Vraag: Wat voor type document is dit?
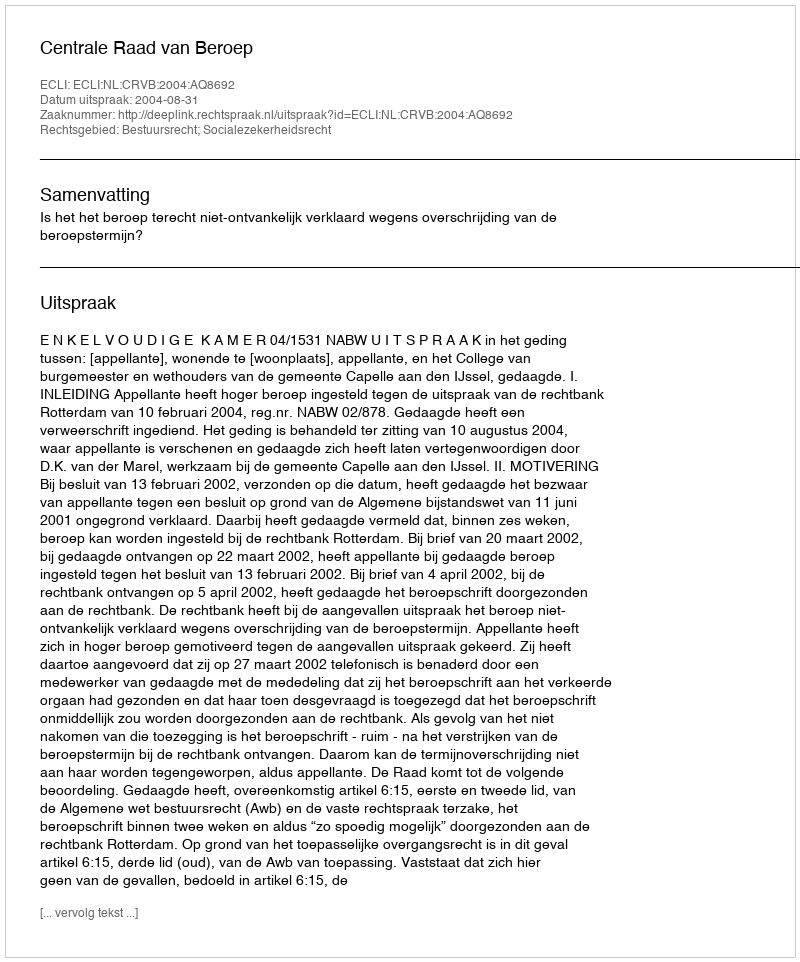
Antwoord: Uitspraak